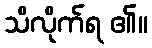
သိလိုက်ရ ၏။